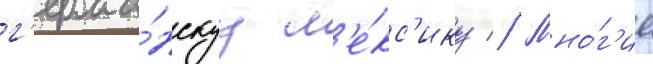
г'ерма́нскуу л'е́кс'ику // Мно́г'ие